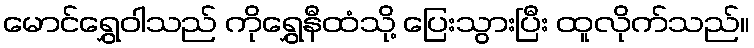
မောင်ရွှေဝါသည် ကိုရွှေနီထံသို့ ပြေးသွားပြီး ထူလိုက်သည်။